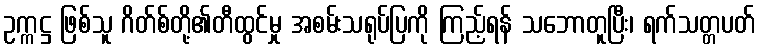
ဥက္ကဋ္ဌ ဖြစ်သူ ဂိတ်စ်တို့၏တီထွင်မှု အစမ်းသရုပ်ပြကို ကြည့်ရန် သဘောတူပြီး၊ ရက်သတ္တပတ်